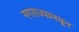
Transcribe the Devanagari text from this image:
नगराज्यामधून